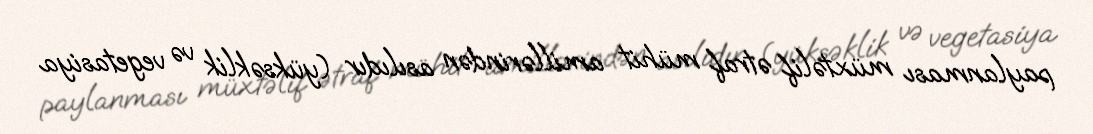
paylanması müxtəlif ətraf mühit amillərindən asılıdır (yüksəklik və vegetasiya